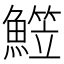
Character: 𩻒